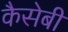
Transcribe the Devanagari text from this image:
कैसेबी